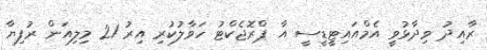
ރާއިދު ވިދާޅުވީ އެމްއައިޓީޑީސީ އާ ޕްރޮޖެކްޓު ހަވާލުކުރި އިރު 21 މިލިއަން ރުފިޔާ